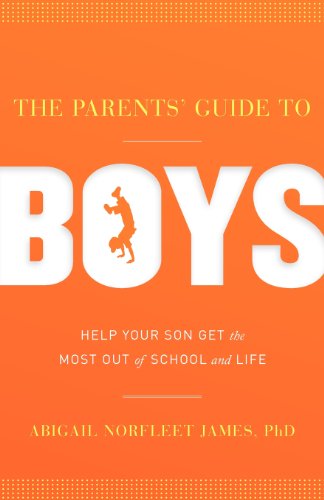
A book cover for The Parents' Guide to Boys; Abigail Norfleet James; Parenting & Relationships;